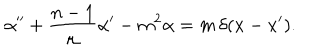
\alpha ^ { \prime \prime } + \frac { n - 1 } \mu \alpha ^ { \prime } - m ^ { 2 } \alpha = m \, \delta ( x - x ^ { \prime } ) .